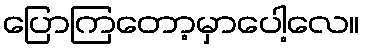
ပြောကြတော့မှာပေါ့လေ။